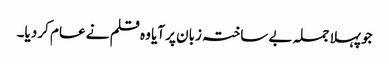
جو پہلا جملہ بے ساختہ زبان پر آیا وہ قلم نے عام کر دیا۔